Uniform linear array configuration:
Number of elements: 16
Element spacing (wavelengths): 0.25
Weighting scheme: blackman
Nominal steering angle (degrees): -30
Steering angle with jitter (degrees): -30.6
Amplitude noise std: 0.05
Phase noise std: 0.05

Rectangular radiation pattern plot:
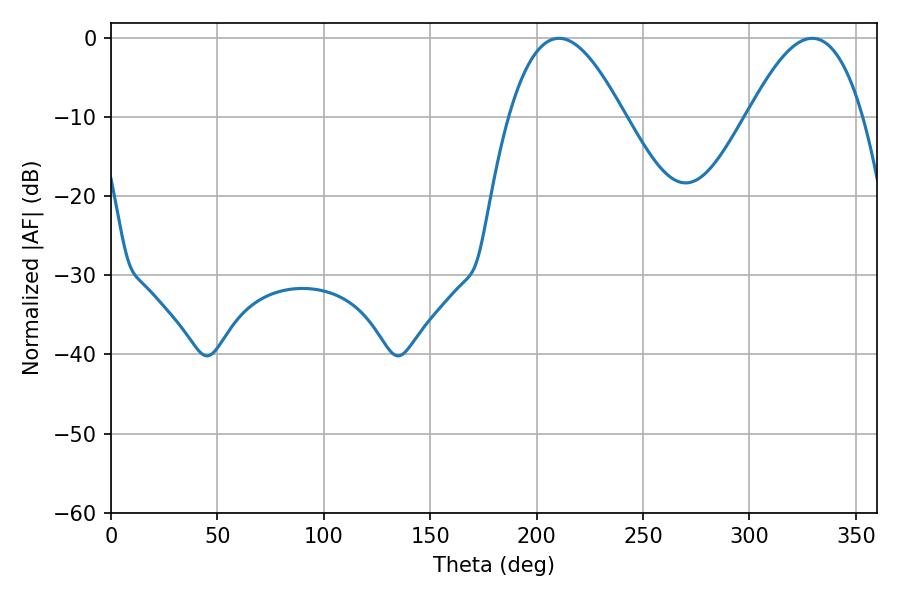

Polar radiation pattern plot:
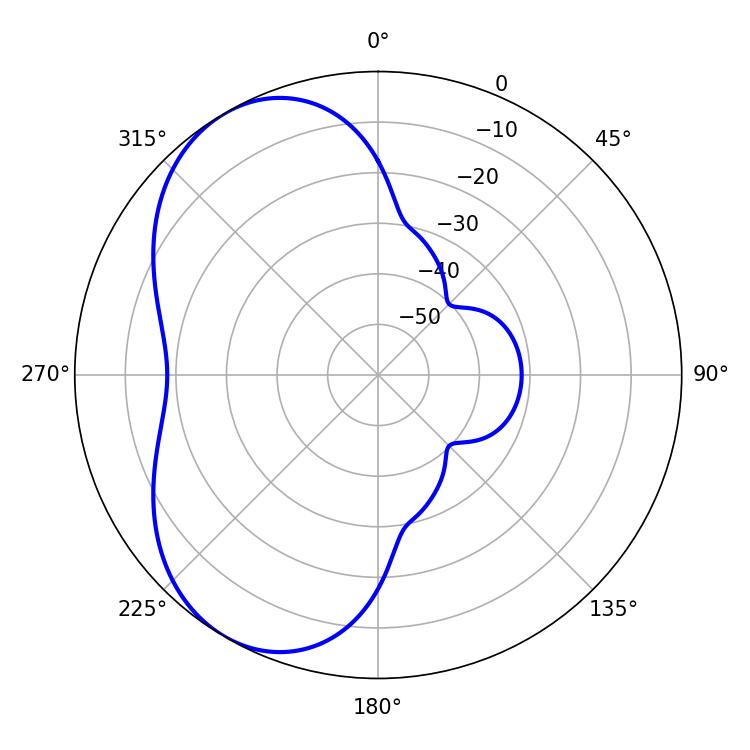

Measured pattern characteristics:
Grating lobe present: FALSE
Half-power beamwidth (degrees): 29.34
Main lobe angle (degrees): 210.42